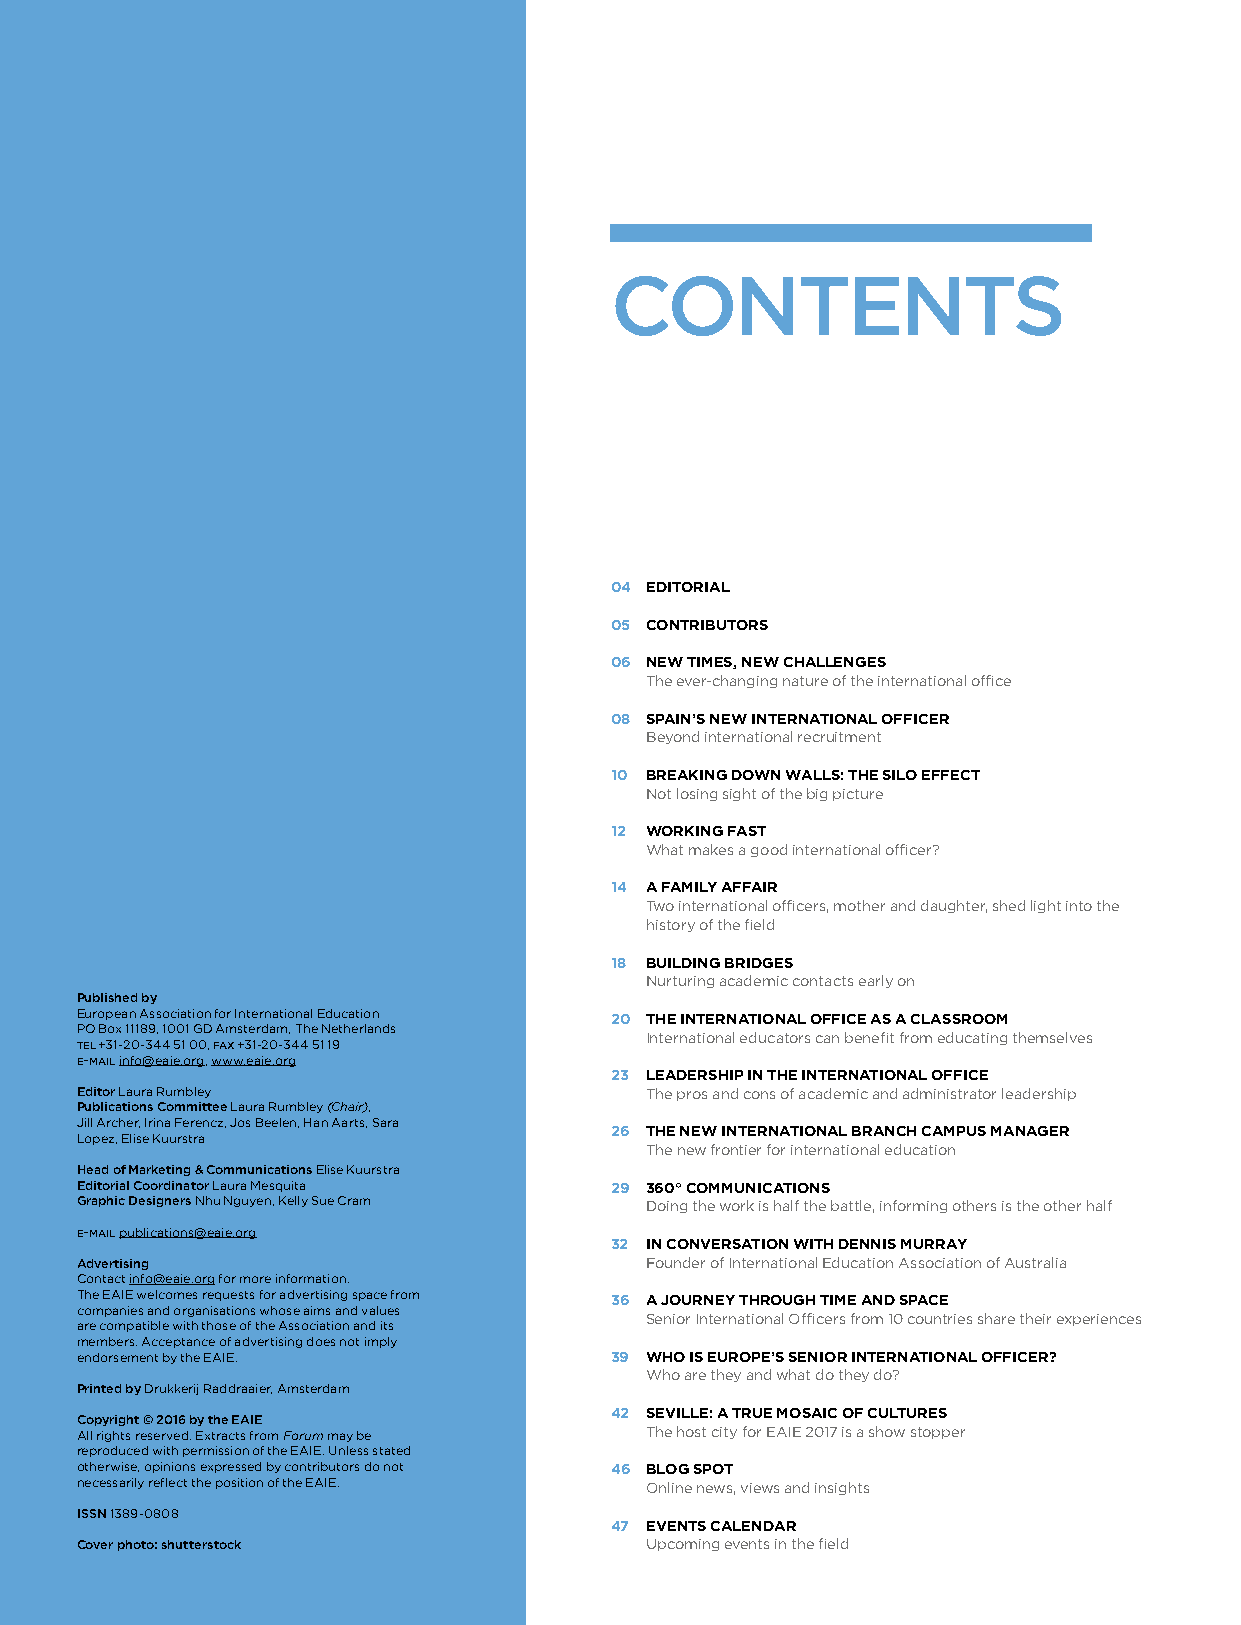
CONTENTS
 04 EDITORIAL
 05 CONTRIBUTORS
 06 NEW TIMES, NEW CHALLENGES
 The ever-changing nature of the international office
 08 SPAIN’S NEW INTERNATIONAL OFFICER
 Beyond international recruitment
 10 BREAKING DOWN WALLS: THE SILO EFFECT
 Not losing sight of the big picture
 12 WORKING FAST
 What makes a good international officer?
 14 A FAMILY AFFAIR
 Two international officers, mother and daughter, shed light into the
 history of the field
 18 BUILDING BRIDGES
 Nurturing academic contacts early on
 Published by
 European Association for International Education 20 THE INTERNATIONAL OFFICE AS A CLASSROOM
 PO Box 11189, 1001 GD Amsterdam, The Netherlands
 International educators can benefit from educating themselves
 tel +31-20-344 51 00, fax +31-20-344 51 19
 e-mail info@eaie.org, www.eaie.org
 23 LEADERSHIP IN THE INTERNATIONAL OFFICE
 Editor Laura Rumbley                  The pros and cons of academic and administrator leadership
 Publications Committee Laura Rumbley (Chair),
 Jill Archer, Irina Ferencz, Jos Beelen, Han Aarts, Sara
 26 THE NEW INTERNATIONAL BRANCH CAMPUS MANAGER
 Lopez, Elise Kuurstra
 The new frontier for international education
 Head of Marketing & Communications Elise Kuurstra
 Editorial Coordinator Laura Mesquita 29 360° COMMUNICATIONS
 Graphic Designers Nhu Nguyen, Kelly Sue Cram Doing the work is half the battle, informing others is the other half
 e-mail publications@eaie.org
 32 IN CONVERSATION WITH DENNIS MURRAY
 Advertising                           Founder of International Education Association of Australia
 Contact info@eaie.org for more information.
 The EAIE welcomes requests for advertising space from 36 A JOURNEY THROUGH TIME AND SPACE
 companies and organisations whose aims and values
 Senior International Officers from 10 countries share their experiences
 are compatible with those of the Association and its
 members. Acceptance of advertising does not imply
 endorsement by the EAIE.           39 WHO IS EUROPE’S SENIOR INTERNATIONAL OFFICER?
 Who are they and what do they do?
 Printed by Drukkerij Raddraaier, Amsterdam
 42 SEVILLE: A TRUE MOSAIC OF CULTURES
 Copyright © 2016 by the EAIE
 All rights reserved. Extracts from Forum may be The host city for EAIE 2017 is a show stopper
 reproduced with permission of the EAIE. Unless stated
 otherwise, opinions expressed by contributors do not 46 BLOG SPOT
 necessarily reflect the position of the EAIE. Online news, views and insights
 ISSN 1389-0808
 47 EVENTS CALENDAR
 Cover photo: shutterstock             Upcoming events in the field